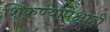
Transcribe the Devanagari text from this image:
शिकण्यापेक्षाही